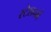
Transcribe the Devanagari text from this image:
स्टेशनमें